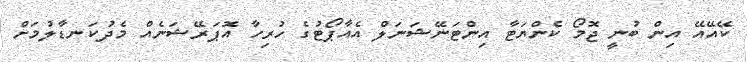
ކޭއޭއޭ އިން ބުނީ ޖޮމޯ ކެންޔަޓާ އިންޓަނޭޝަނަލް އެއާޕޯޓުގެ ހުރިހާ އޮޕަރޭޝަނެއް މެދުކަނޑާލުމަށް